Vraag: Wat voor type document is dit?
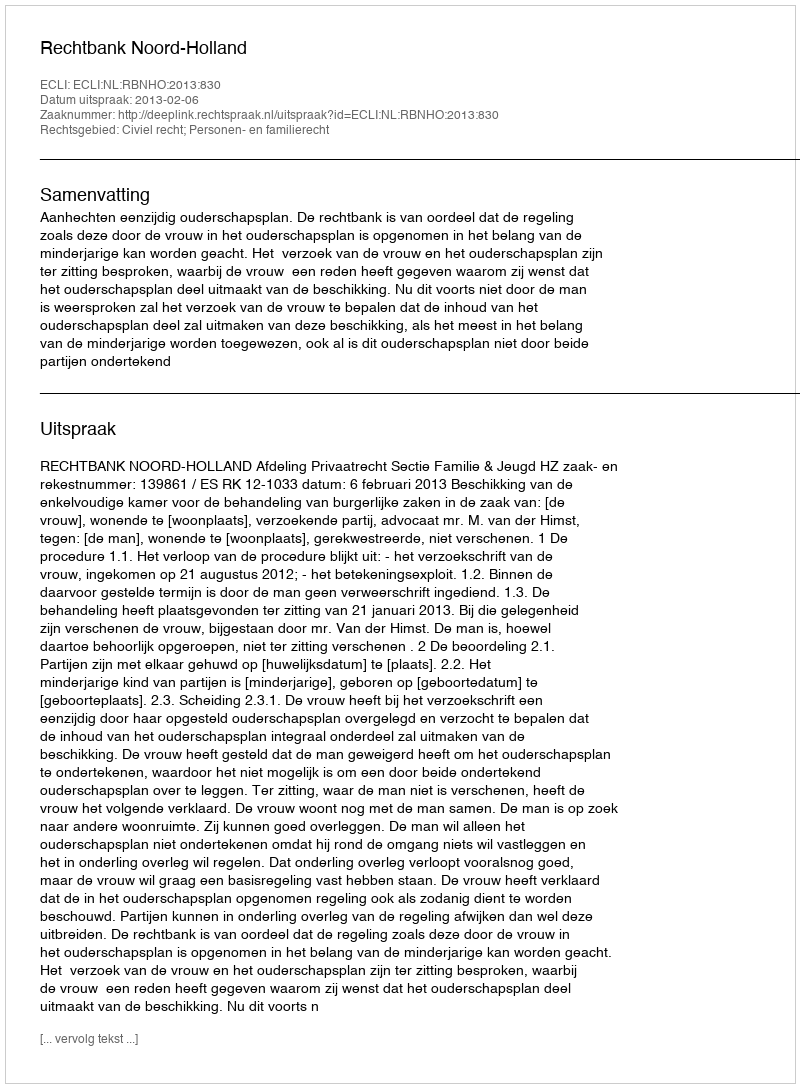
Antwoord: Uitspraak